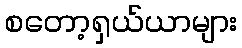
စတော့ရှယ်ယာများ